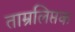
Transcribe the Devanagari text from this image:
ताम्रलिप्तक